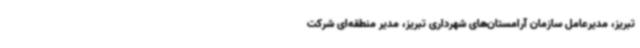
تبریز، مدیرعامل سازمان آرامستان‌های شهرداری تبریز، مدیر منطقه‌ای شرکت